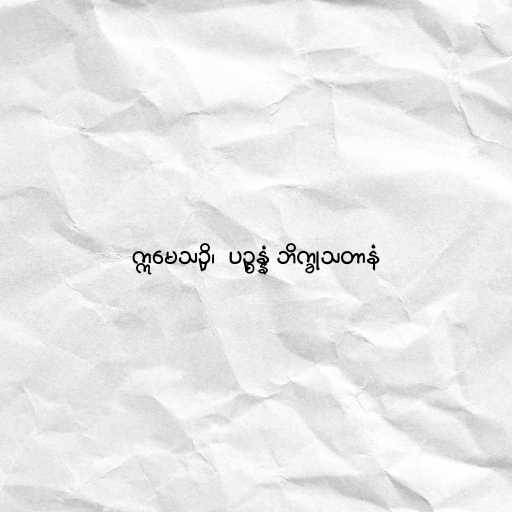
ဣမေသဉှိ၊  ပဉ္စန္နံ ဘိက္ခုသတာနံ